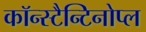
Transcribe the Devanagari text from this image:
कॉन्स्टैन्टिनोप्ल